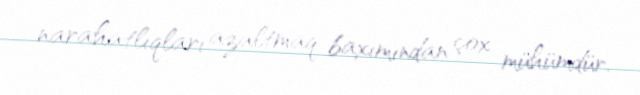
narahatlıqları azaltmaq baxımından çox mühümdür.